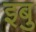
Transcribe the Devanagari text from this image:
इबु